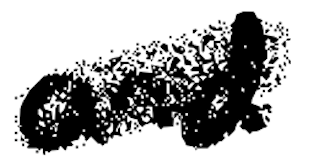
Text: and
Cross-out: scratch
Writing tool: digital_black